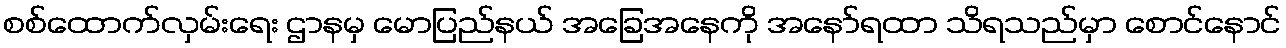
စစ်ထောက်လှမ်းရေး ဌာနမှ မောပြည်နယ် အခြေအနေကို အနော်ရထာ သိရသည်မှာ စောင်နောင်